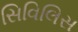
સિવિલિસ